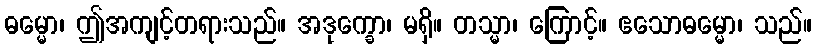
ဓမ္မော၊ ဤအကျင့်တရားသည်။ အဒုက္ခော၊ မရှိ။ တသ္မာ၊ ကြောင့်။ ဧသောဓမ္မော၊ သည်။